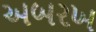
અબરખ